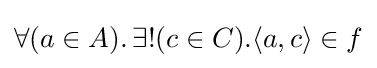
\forall (a\in A).\,\exists !(c\in C).\langle a,c\rangle \in f